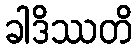
ခါဒိဿတိ